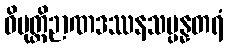
ဝိမုတ္တိဉာဏဒဿနသမ္ပန္နတရံ